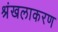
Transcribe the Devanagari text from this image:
श्रंखलाकरण